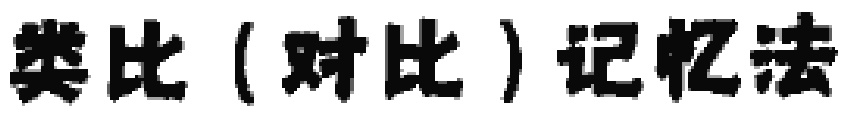
类比（对比）记忆法